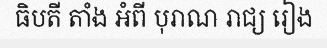
ធិបតី តាំង អំពី បុរាណ រាជ្យ រៀង